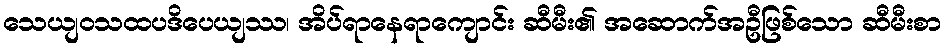
သေယျဝသထပဒိပေယျဿ၊ အိပ်ရာနေရာကျောင်း ဆီမီး၏ အဆောက်အဦဖြစ်သော ဆီမီးစာ